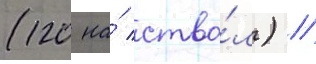
(120 на́ ство́л) //